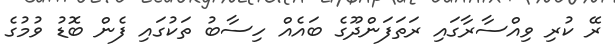
ރޭ ކުރި ވިއްސާރާގައި ރަތަފަންދޫގެ ބައެއް ހިސާބު ތަކުގައި ފެން ބޮޑު ވުމުގެ